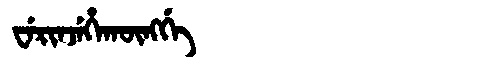
Manchu: ᠸᡝᡵᡳᠨᠵᡝᡥᠠᡴᡡᠩᡤᡝ
Romanization: WERINJEHAKŪNGGE